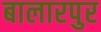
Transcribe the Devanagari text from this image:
बालारपुर